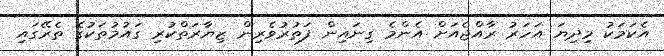
އެކަމަކު މިދިޔަ އަހަރު ރާއްޖެއަށް އެންމެ ގިނައިން ފަތުރުވެރިން ޒިޔާރަތްކުރި ގައުމުތަކުގެ ތެރޭގައި